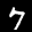
Label: 7